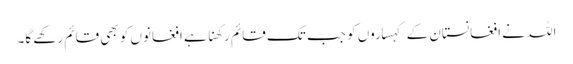
اللہ نے افغانستان کے کہساروں کو جب تک قائم رکھنا ہے افغانوں کو بھی قائم رکھے گا۔